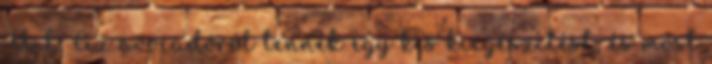
UI: Az avocadóról tennék egy kis kiegészítést, és most